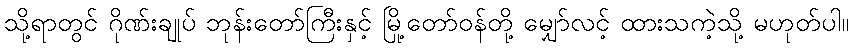
သို့ရာတွင် ဂိုဏ်းချုပ် ဘုန်းတော်ကြီးနှင့် မြို့တော်ဝန်တို့ မျှော်လင့် ထားသကဲ့သို့ မဟုတ်ပါ။